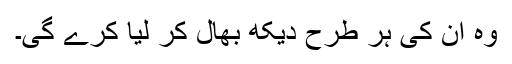
وہ ان کی ہر طرح دیکھ بھال کر لیا کرے گی۔